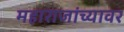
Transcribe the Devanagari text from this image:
महाराजांच्यावर